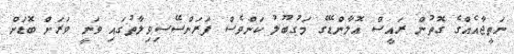
ނަތީޖާއެއްގެ ގޮތުން ރައީސް އޮލާންޑޭގެ މަގުބޫލު ކަންވެސް ފަރަންސޭސިވިލާތުގައި ވަނީ ވަރަށް ބޮޑަށް